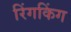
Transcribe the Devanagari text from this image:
रिंगकिंग